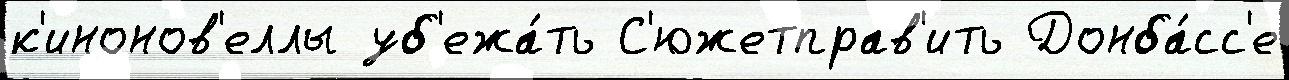
к'инонов'еллы уб'ежа́ть С'южетправ'ить Донба́сс'е